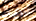
المؤشرات